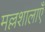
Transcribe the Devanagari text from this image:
मल्लशालाएँ